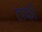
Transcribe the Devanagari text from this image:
टाफ़ी